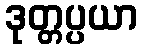
ဒုတ္တပ္ပယာ